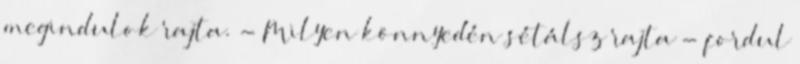
megindulok rajta. - Milyen könnyedén sétálsz rajta - fordul